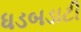
ધડબડાટી